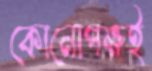
কোনোপক্ষই